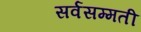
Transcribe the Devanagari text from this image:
सर्वसम्मती